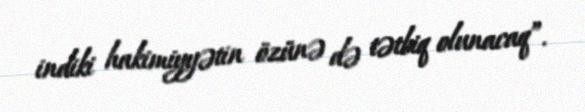
indiki hakimiyyətin özünə də tətbiq olunacaq”.